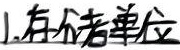
1. 有六个单位